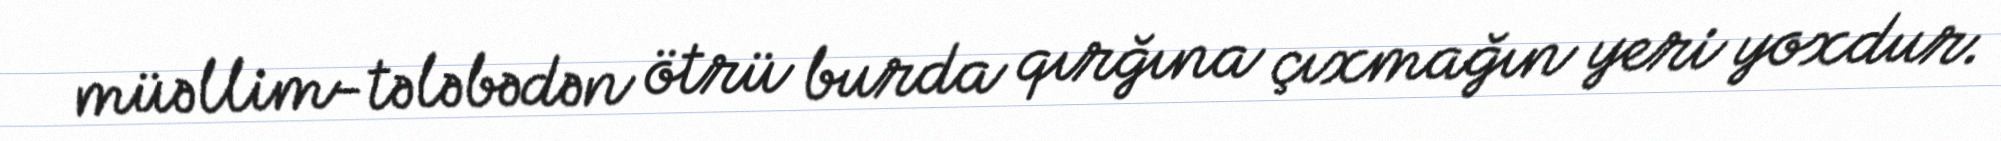
müəllim-tələbədən ötrü burda qırğına çıxmağın yeri yoxdur.